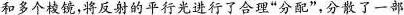
和多个棱镜，将反射的平行光进行了合理”分配”，分散了一部